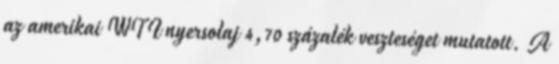
az amerikai WTI nyersolaj 4,70 százalék veszteséget mutatott. A